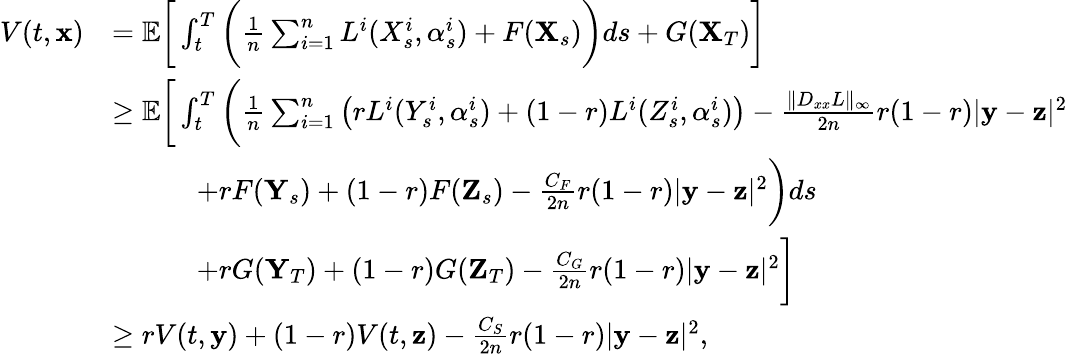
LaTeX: \begin{array}{rl}{V(t,\mathbf{x})}&{={\mathbb E}\bigg[\int_{t}^{T}\bigg(\frac{1}{n}\sum_{i=1}^{n}L^{i}(X_{s}^{i},\alpha_{s}^{i})+F(\mathbf{X}_{s})\bigg)ds+G(\mathbf{X}_{T})\bigg]}\\ &{\geq{\mathbb E}\bigg[\int_{t}^{T}\bigg(\frac{1}{n}\sum_{i=1}^{n}\big(rL^{i}(Y_{s}^{i},\alpha_{s}^{i})+(1-r)L^{i}(Z_{s}^{i},\alpha_{s}^{i})\big)-\frac{\| D_{xx}L\| _{\infty}}{2n}r(1-r)|\mathbf{y}-\mathbf{z}|^{2}}\\ &{\qquad\quad+rF(\mathbf{Y}_{s})+(1-r)F(\mathbf{Z}_{s})-\frac{C_{F}}{2n}r(1-r)|\mathbf{y}-\mathbf{z}|^{2}\bigg)ds}\\ &{\qquad\quad+rG(\mathbf{Y}_{T})+(1-r)G(\mathbf{Z}_{T})-\frac{C_{G}}{2n}r(1-r)|\mathbf{y}-\mathbf{z}|^{2}\bigg]}\\ &{\geq rV(t,\mathbf{y})+(1-r)V(t,\mathbf{z})-\frac{C_{S}}{2n}r(1-r)|\mathbf{y}-\mathbf{z}|^{2},}\end{array}